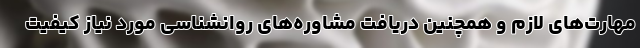
مهارت‌های لازم و همچنین دریافت مشاوره‌های روانشناسی مورد نیاز کیفیت